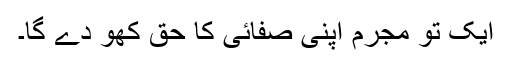
ایک تو مجرم اپنی صفائی کا حق کھو دے گا۔